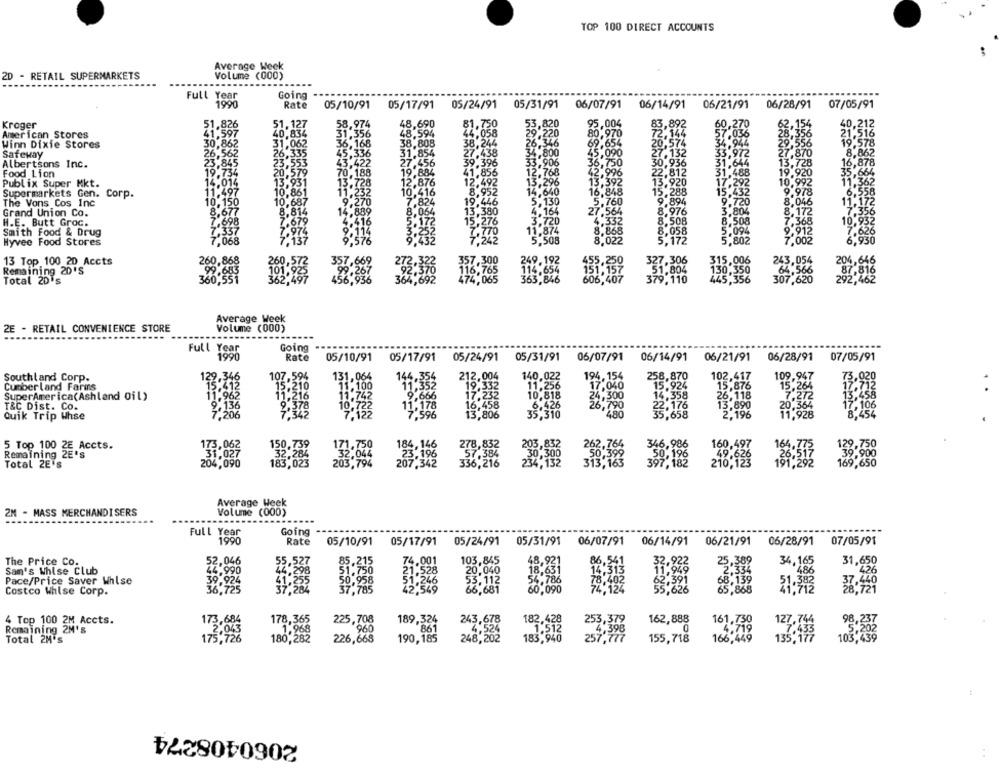
TOP 100 DIRECT ACCOUNTS
Average Week
2D - RETAIL SUPERMARKETS
Volume (000)
Full Year
Going
1990
Rate
05/10/91
05/17/91
05/24/91
05/31/91
06/07/91
06/14/91 06/21/91
06/28/91
07/05/91
Kroger
58,974
48,690
53,820
95,004
60,270
40,212
40.834
51.127
48,594
44.058
81,750
29.220
80,970
83,892
57,036
62,154
American Stores
41,597
31,356
28,356
21,516
Winn Dixie Stores
Safeway
.438
33.972
870
862
Albertsons Inc.
422
9.396
906
.956
31,644
3,728
.878
1,856
12.768
12
19.920
66%
Food Lion
188
.728
42,996
31,488
Publix Super Mkt.
12,492
13,296
13,392
120
17,292
10.992
Supermarkets Gen. Corp.
8.952
14,640
16,848
15.432
9.978
The Vons Cos Inc
19.446
130
5.760
9.720
8,046
13,380
3,804
8,172
Grand Union Co.
H.E. Butt Groc.
3.5
8,508
7.368
Smith Food & Drug
.058
5,094
9.912
Hyvee Food Stores
177
5,802
7,002
13 Top 100 20 Accts
269.192
315,006
243.054
204,646
Remaining 20'S
357,668
-02-370
64,566
87,816
Total 20's
364,692
116.765
363,846
51.804
79,110
307,620
292,462
Average Week
2E - RETAIL CONVENIENCE STORE
Volume (000)
Full Year
Going
1990
Rate
05/10/91
05/17/91
05/24/91
05/31/91
06/07/91
06/14/91
06/21/91
06/28/91
07/05/91
109.947
Southland Corp.
122.346
107,594
510
131,064
146-325
212,004
140,022
194, 154
258,870
102,417
73,020
Cumberland Farms
19,332
11,256
17,040
15.924
15,876
15,264
17,712
SuperAmerica(Ashland Oil)
17,232
10,818
24,300
14,358
26,118
7.272
13,458
16,458
6.426
26,790
22,176
13,890
17,106
T&C Dist. Co.
206
"480
11.928
Quik Trip Whse
13,806
35,310
35,658
2.196
8,454
278,832
5 Top 100 2E Accts.
173,062
184,146
346.988
160,487
Remaining 2E's
31,027
32.044
23.196
57.384
59.900
Total 2E's
204,090
32,284
203.794
336,216
-30:196
49.628
169,650
Average Week
2M - MASS MERCHANDISERS
Volume (000)
Full
Going
Year
Rate
05/10/91
05/17/91
05/24/91
05/31/91
06/07/91
06/14/91
06/21/91
06/28/91
07/05/91
52,046
55,527
85.215
74.001
103.845
48,921
86,541
32,922
25,389
34,165
31,650
The Price Co.
2,334
486
Sam's Whlse Club
44.990
44,298
51.750
21.528
20,040
18,631
14.313
11,949
Pace/Price Saver Whlse
39,924
41,255
50,958
51.246
3,402
62,391
68,139
36,725
37,284
37,785
42,549
681
60.090
65.868
51.383
Costco Whlse Corp.
4 Top 100 2M Accts.
178,365
225,708
189,326
243,678
182,428
253,379
162,888
Remaining 2M's
173,684
960
861
4,524
1.512
4,398
0
161.73
127.7
175,726
1.968
248,202
183,940
257,777
166.449
19:202
Total 2M's
226,668
190,185
155,718
44
2060408274